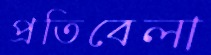
প্রতিবেলা